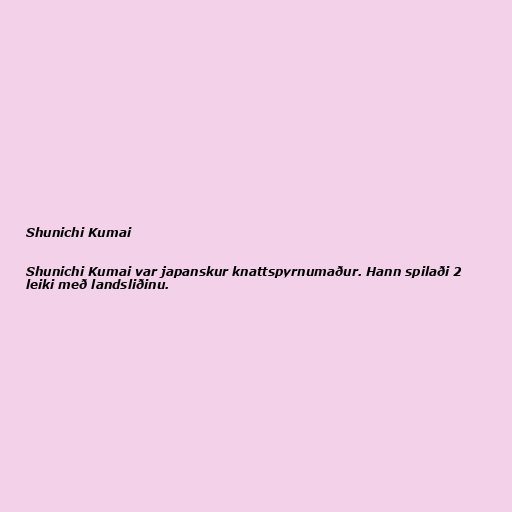
Shunichi Kumai

Shunichi Kumai var japanskur knattspyrnumaður. Hann spilaði 2
leiki með landsliðinu.